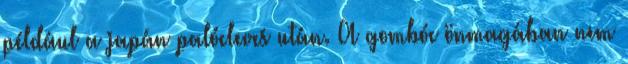
például a japán palócleves után. A gombóc önmagában nem